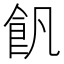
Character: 𩚑